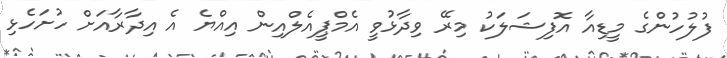
ފުލުހުންގެ މީޑިއާ އޮފިޝަލަކު މިރޭ ވިދާޅުވީ އެމްޕީއެލްއިން އިއްޔެ އެ އިދާރާއަށް ހުށަހެޅި